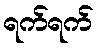
ရက်ရက်